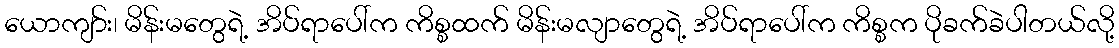
ယောကျာ်း၊ မိန်းမတွေရဲ့ အိပ်ရာပေါ်က ကိစ္စထက် မိန်းမလျာတွေရဲ့ အိပ်ရာပေါ်က ကိစ္စက ပိုခက်ခဲပါတယ်လို့